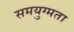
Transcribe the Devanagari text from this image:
समयुग्मता